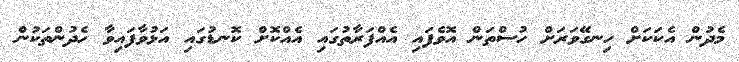
މެދުން އެކަކަށް ހިނގޭވަރަށް ހުސްތަން އޮވެފައި އެއްފަރާތުގައި އެއްކޮށް ކޮނޑުގައި އަޅުވާފައިވާ ހެދުންތަކުން